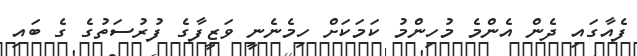
ފެއާގައި ދެން އެންމެ މުހިންމު ކަމަކަށް ހިމެނެނީ ވަޒީފާގެ ފުރުސަތުގެ ގެ ބައި